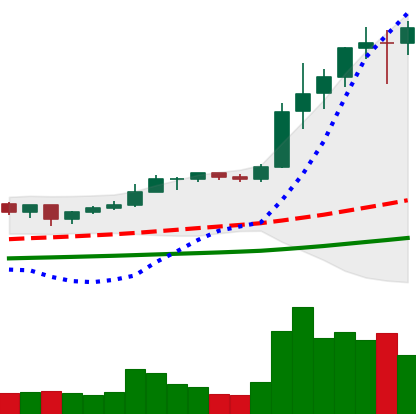
Ticker: ETH-USD
Chart end date: 2021-01-09
Forward return: -4.888%
Label: down_3_5